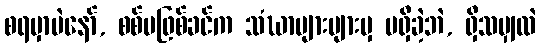
စရမှာပဲနော်, စစ်မဖြစ်ခင်က သံဃာများများမှ မရှိခဲ့ဘဲ, ရှိသမျှလဲ